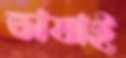
ভাষাই